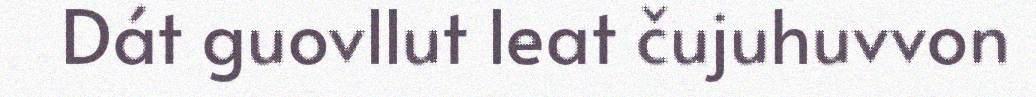
Dát guovllut leat čujuhuvvon